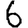
Digit: 6